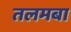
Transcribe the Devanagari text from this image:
तलमबा